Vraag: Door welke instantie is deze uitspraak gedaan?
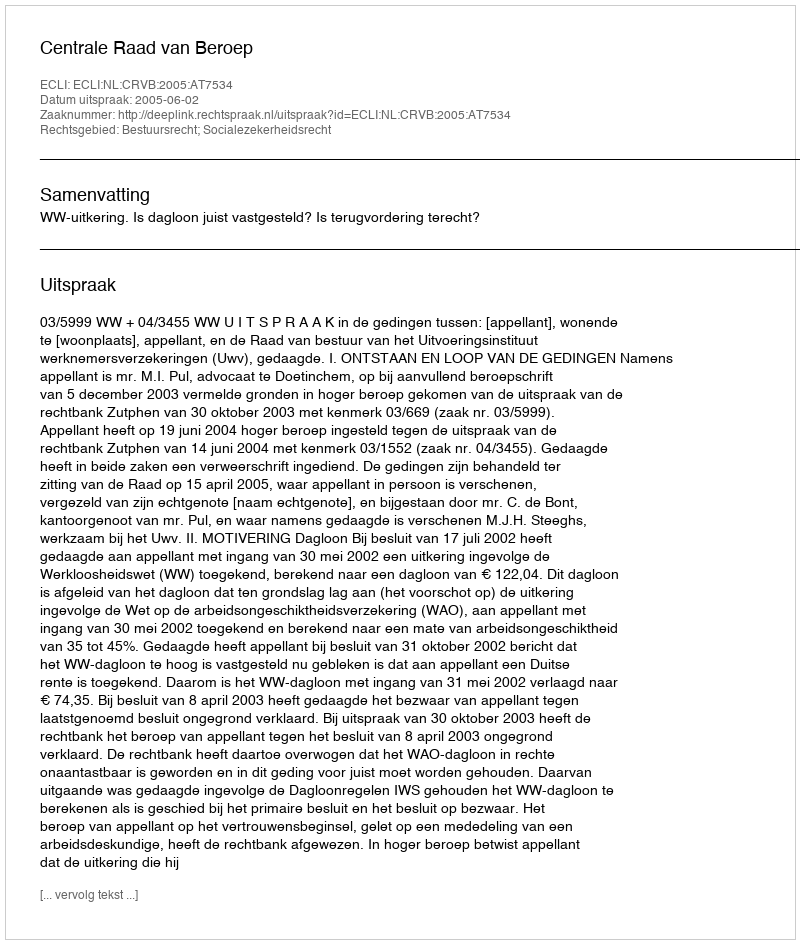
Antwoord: Centrale Raad van Beroep